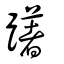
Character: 躇